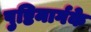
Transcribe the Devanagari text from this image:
पुष्टिमार्गके